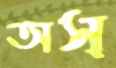
অস্